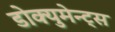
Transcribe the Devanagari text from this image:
डोक्युमेन्ट्स